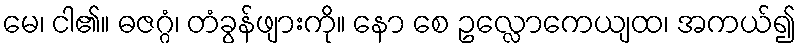
မေ၊ ငါ၏။ ဓဇဂ္ဂံ၊ တံခွန်ဖျားကို။ နော စေ ဥလ္လောကေယျထ၊ အကယ်၍